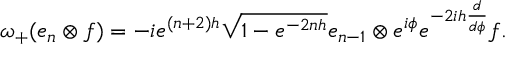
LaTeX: \omega _ { + } ( e _ { n } \otimes f ) = - i e ^ { ( n + 2 ) h } \sqrt { 1 - e ^ { - 2 n h } } e _ { n - 1 } \otimes e ^ { i \phi } e ^ { - 2 i h \frac { d } { d \phi } } f .